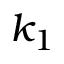
k _ { 1 }